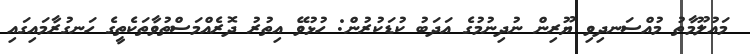
މައުލޫމާތު މުއްސަނދިވި ޔޫރިން ނުދިނުމުގެ އަދަބު ކުޑަކުރުން: ހުޅުވޭ އިތުރު ދޮރެއްމަސްތުވާތަކެތީގެ ހަނގުރާމައިގައި